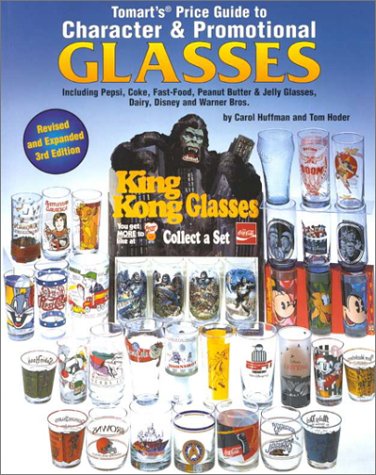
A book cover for Tomart's Price Guide to Character and Promotional Glasses; Carol Markowski; Crafts, Hobbies & Home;